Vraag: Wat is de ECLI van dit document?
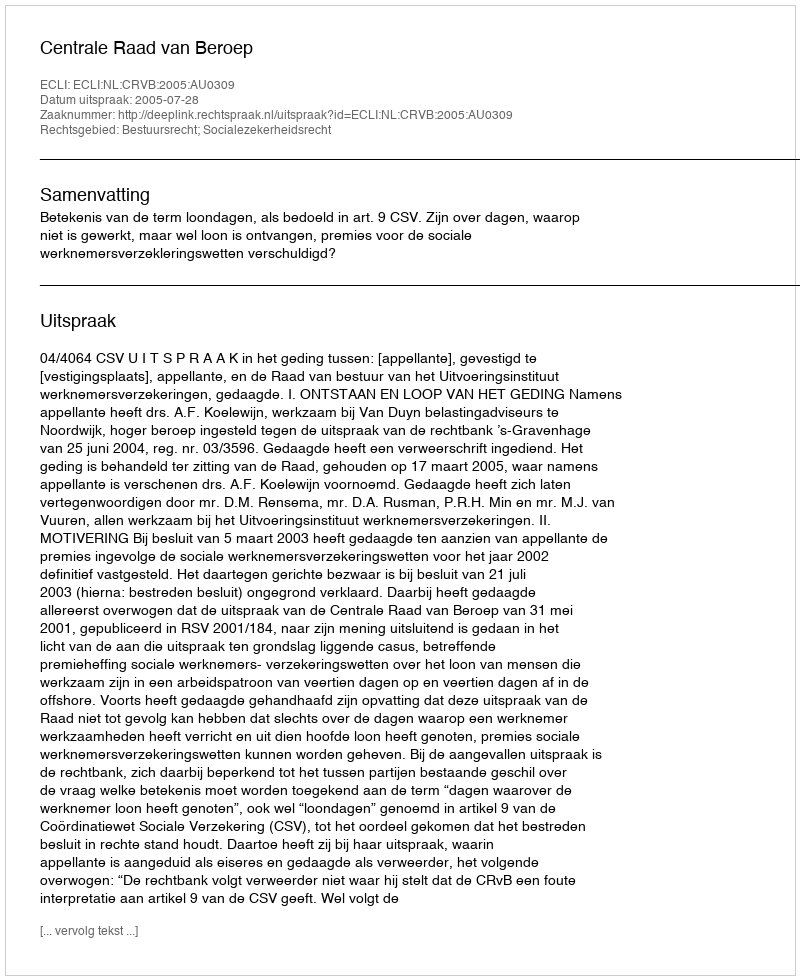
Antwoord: ECLI:NL:CRVB:2005:AU0309